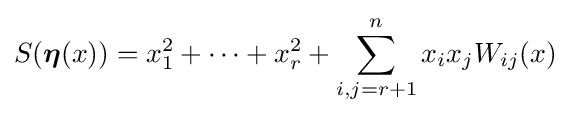
S({\boldsymbol {\eta }}(x))={x}_{1}^{2}+\cdots +{x}_{r}^{2}+\sum _{i,j=r+1}^{n}{x}_{i}{x}_{j}W_{ij}(x)